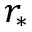
r _ { \ast }